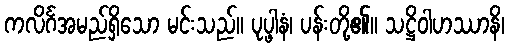
ကလိင်္ဂအမည်ရှိသော မင်းသည်။ ပုပ္ဖါနံ၊ ပန်းတို့၏။ သဋ္ဌိဝါဟဿာနိ၊